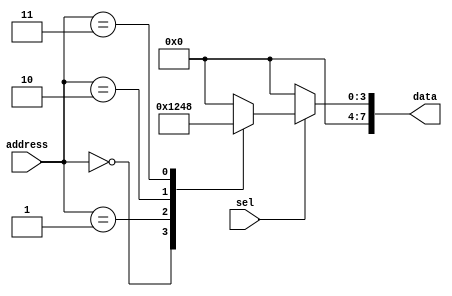
// This program was cloned from: https://github.com/Mariam-Katamashvili/Veri-Simple
// License: MIT License

module rom (address, sel, data);
	input [2:0] address; // 3-bit input. 
	input sel; // Selector.
	output reg [7:0] data; // 8-bit output.
	
	// The always block is sensitive to changes in either the sel input or the in input. 
	// This means that whenever there is a change in either of these inputs, the block will execute.
	always @ (sel or address) begin
		if (~sel) data = 8'b00; // If sel is low (ROM is disabled) output is set to 0.
		else begin // If sel is high then execute cases.
			case (address)
				3'b000: data = 8'b00000001; // Input 0 maps to output 1
            			3'b001: data = 8'b00000010; // Input 1 maps to output 2
            			3'b010: data = 8'b00000100; // Input 2 maps to output 4
           			3'b011: data = 8'b00001000; // Input 3 maps to output 8
            			default: data = 8'b00000000; // Default case
			endcase
		end
	end
	
endmodule